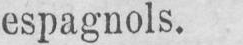
espagnols.